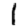
Digit: 1